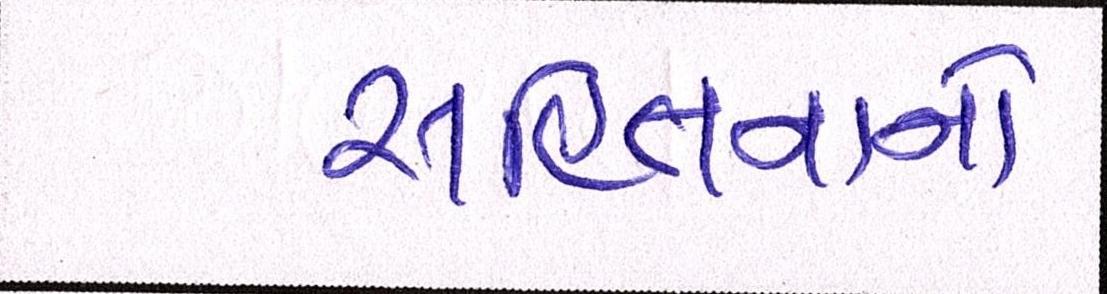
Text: સહિતનાનો